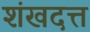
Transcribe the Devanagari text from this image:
शंखदत्त